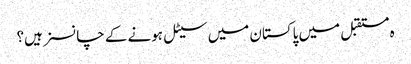
ہ مستقبل میں پاکستان میں سیٹل ہونے کے چانسز ہیں؟